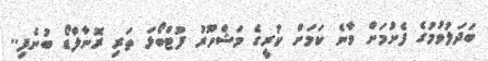
ބަދަލުވުމުގެ ފެށުމަށް ވާނެ ކަމަށް ކުރީގެ މަޝްހޫރު ފުޓްބޯޅަ ތަރި ރޮނާލްޑޯ ބުނެފި..